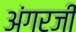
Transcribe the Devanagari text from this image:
अंगरजी